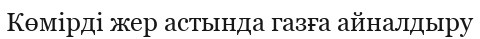
Көмірді жер астында газға айналдыру